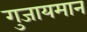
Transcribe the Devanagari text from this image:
गुजायमान